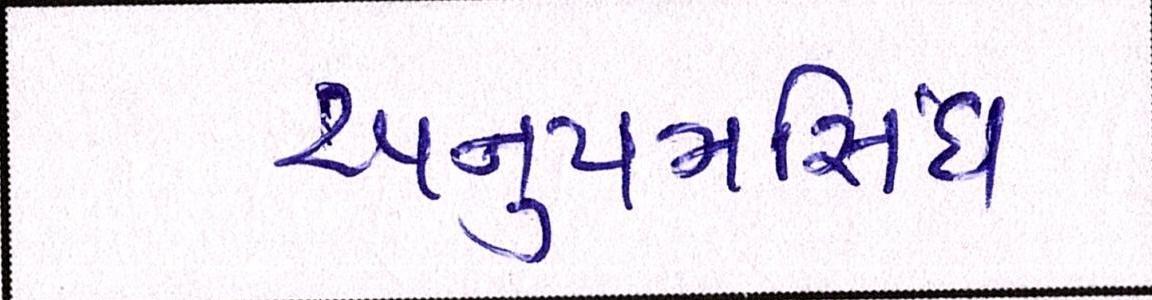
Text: અનુપમસિંઘ